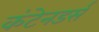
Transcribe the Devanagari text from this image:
कंटेनडर्स